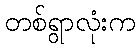
တစ်ရွာလုံးက